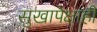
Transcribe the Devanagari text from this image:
सुखापेक्षाही